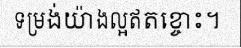
ទម្រង់យ៉ាងល្អឥតខ្ចោះ។